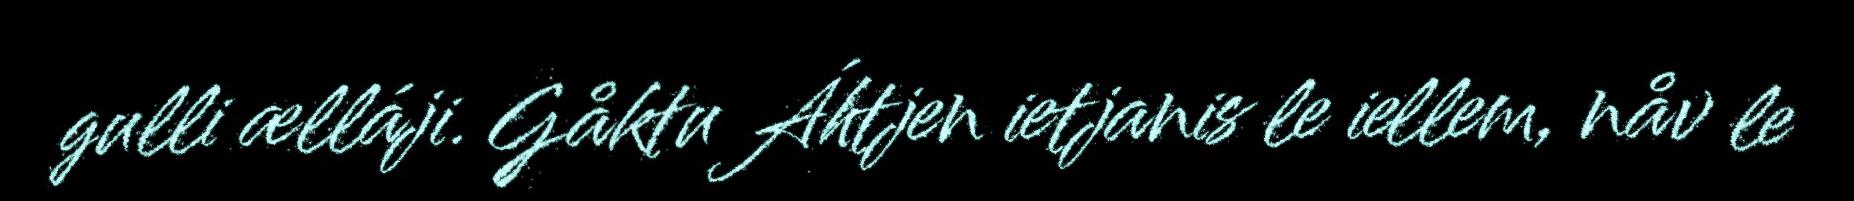
gulli ælláji. Gåktu Áhtjen ietjanis le iellem, nåv le